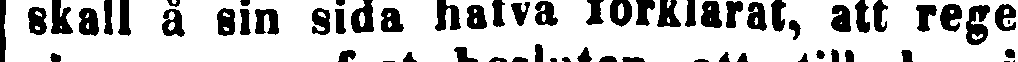
skall å sin sida hafva förklarat, att rege